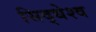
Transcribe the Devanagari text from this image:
सिद्धेश्व